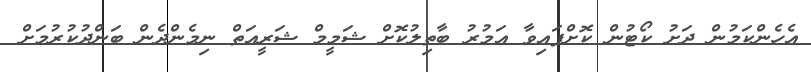
އެހެންކަމުން ދަށު ކޯޓުން ކޮށްފައިވާ އަމުރު ބާތިލުކޮށް ޝަމީމް ޝަރީއަތް ނިމެންދެން ބަންދުކުރުމަށް